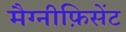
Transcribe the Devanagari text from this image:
मैग्नीफ़िसेंट